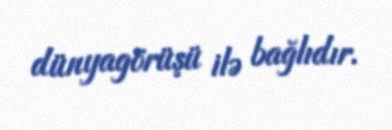
dünyagörüşü ilə bağlıdır.